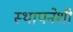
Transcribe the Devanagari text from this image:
स्थापनेशी